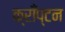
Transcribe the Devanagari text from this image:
क्राँप्टन